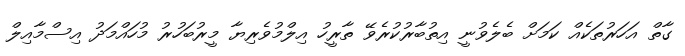
ގާތް އަހަރުތަކެއް ކަމަށް ބެލެވުނީ އިތުބާރުކުރެވޭ ތާރީހު އިލްމުވެރިޔާ މީރުބަހުރު މުހައްމަދު އިސްމާއިލް